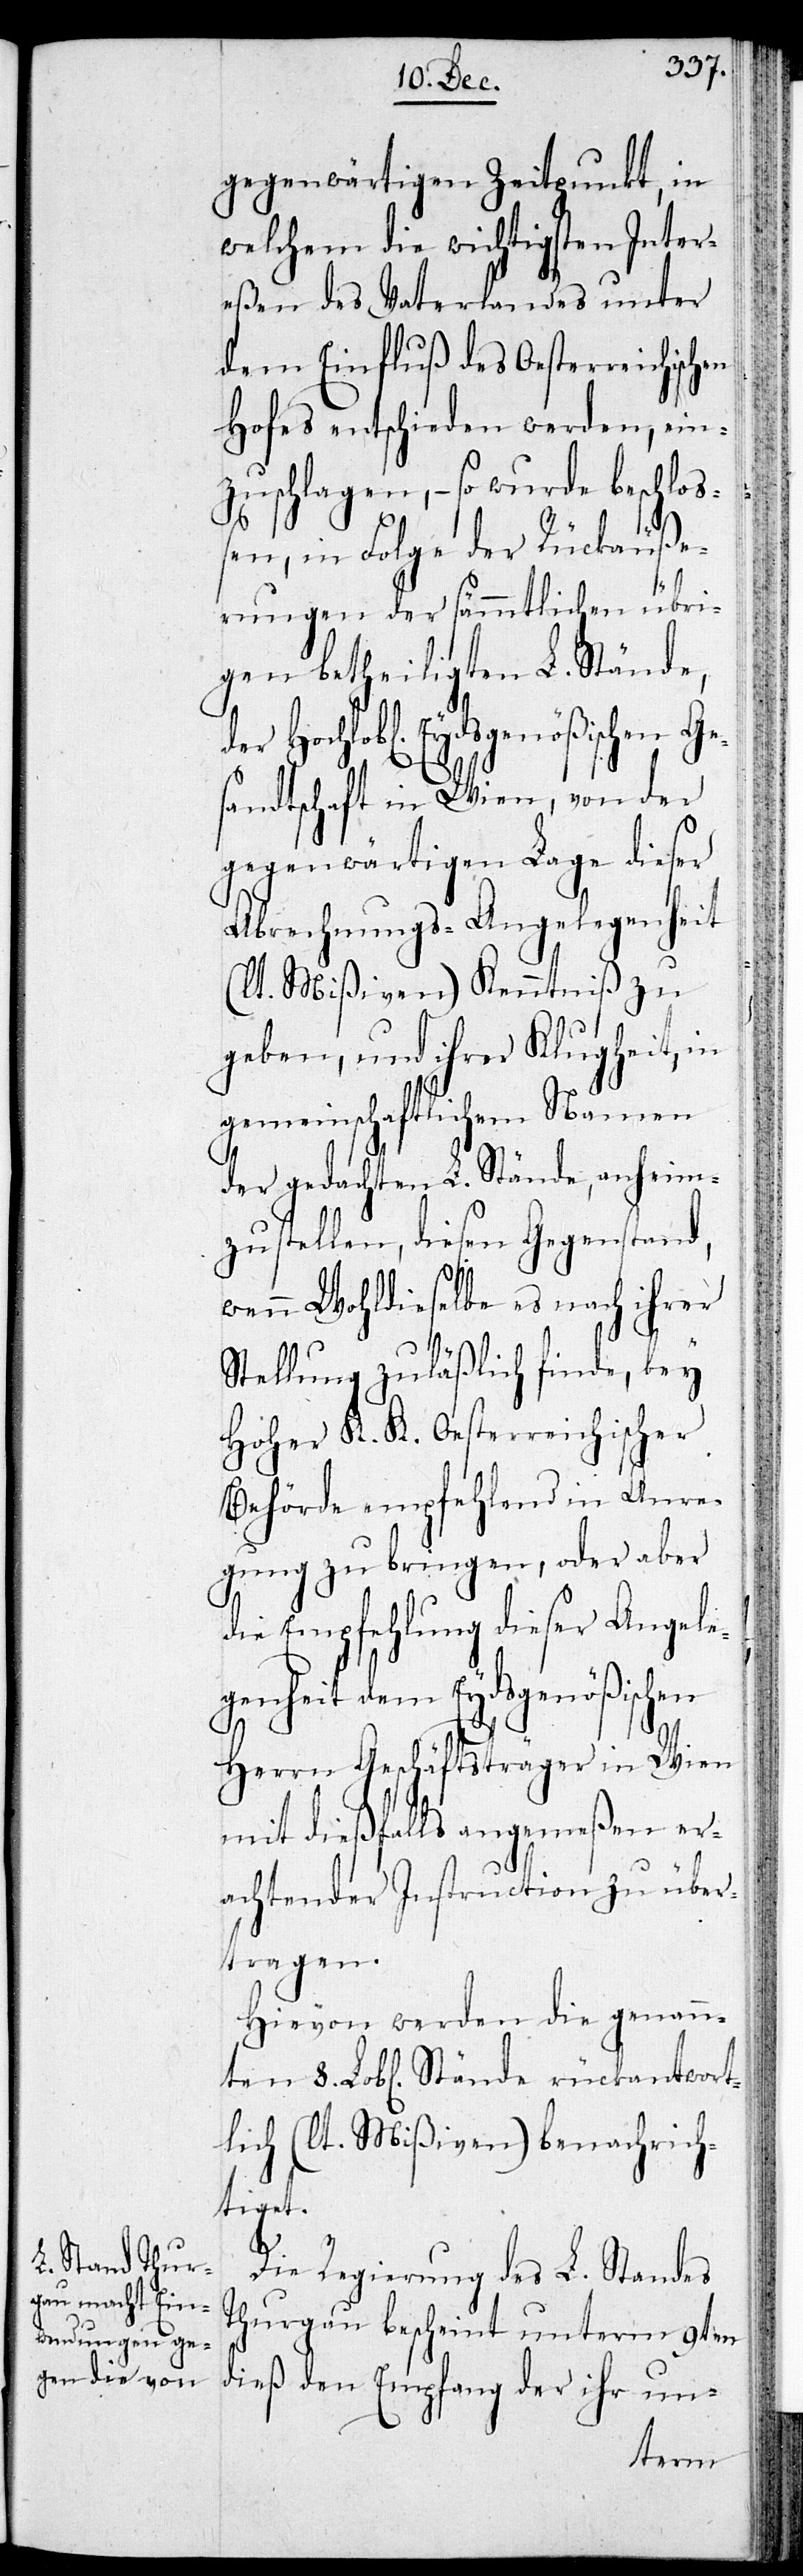
gegenwärtigen Zeitpunkt, in
welchem die wichtigsten Inter¬
eßen des Vaterlandes unter
dem Einfluß des Oesterreichischen
Hofes entschieden werden, ein¬
zuschlagen, – so wurde beschloß¬
en, in Folge der Rückäuße¬
rungen der sämmtlichen übri¬
gen betheiligten L. Stände,
Hochlobl. Eydsgenößischen Ge¬
sandtschaft in Wien, von der
gegenwärtigen Lage dieser
Abrechnungs-Angelegenheit
(lt. Mißiven) Kenntniß zu
geben, und ihrer Klugheit, in
gemeinschaftlichem Namen
der gedachten L. Stände anheim
zu stellen, diesen Gegenstand,
wenn wohldieselbe es nach ihrer
Stellung zuläßlich finde, bey
Hoher K. K. Oesterreichischer
Behörde empfehlend in Anre¬
gung zu bringen, oder aber
die Empfehlung dieser Angele¬
genheit dem Eydsgenößischen
Herrn Geschäftsträger in Wien
mit dießfalls angemeßen er¬
achtender Instruction zu über¬
tragen.
Hievon wurden die genann¬
ten 8. Lobl. Stände rückantwort¬
lich (lt. Mißiven) benachrich¬
tiget.
Die Regierung des L. Standes
Thurgau bescheint unterm 9ten
dieß den Empfang der ihr un-